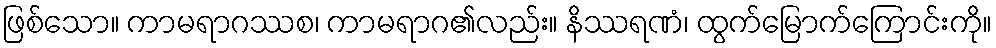
ဖြစ်သော။ ကာမရာဂဿစ၊ ကာမရာဂ၏လည်း။ နိဿရဏံ၊ ထွက်မြောက်ကြောင်းကို။